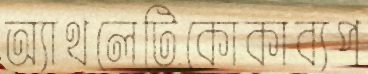
অ্যাথলেটিকোকাব্যপ